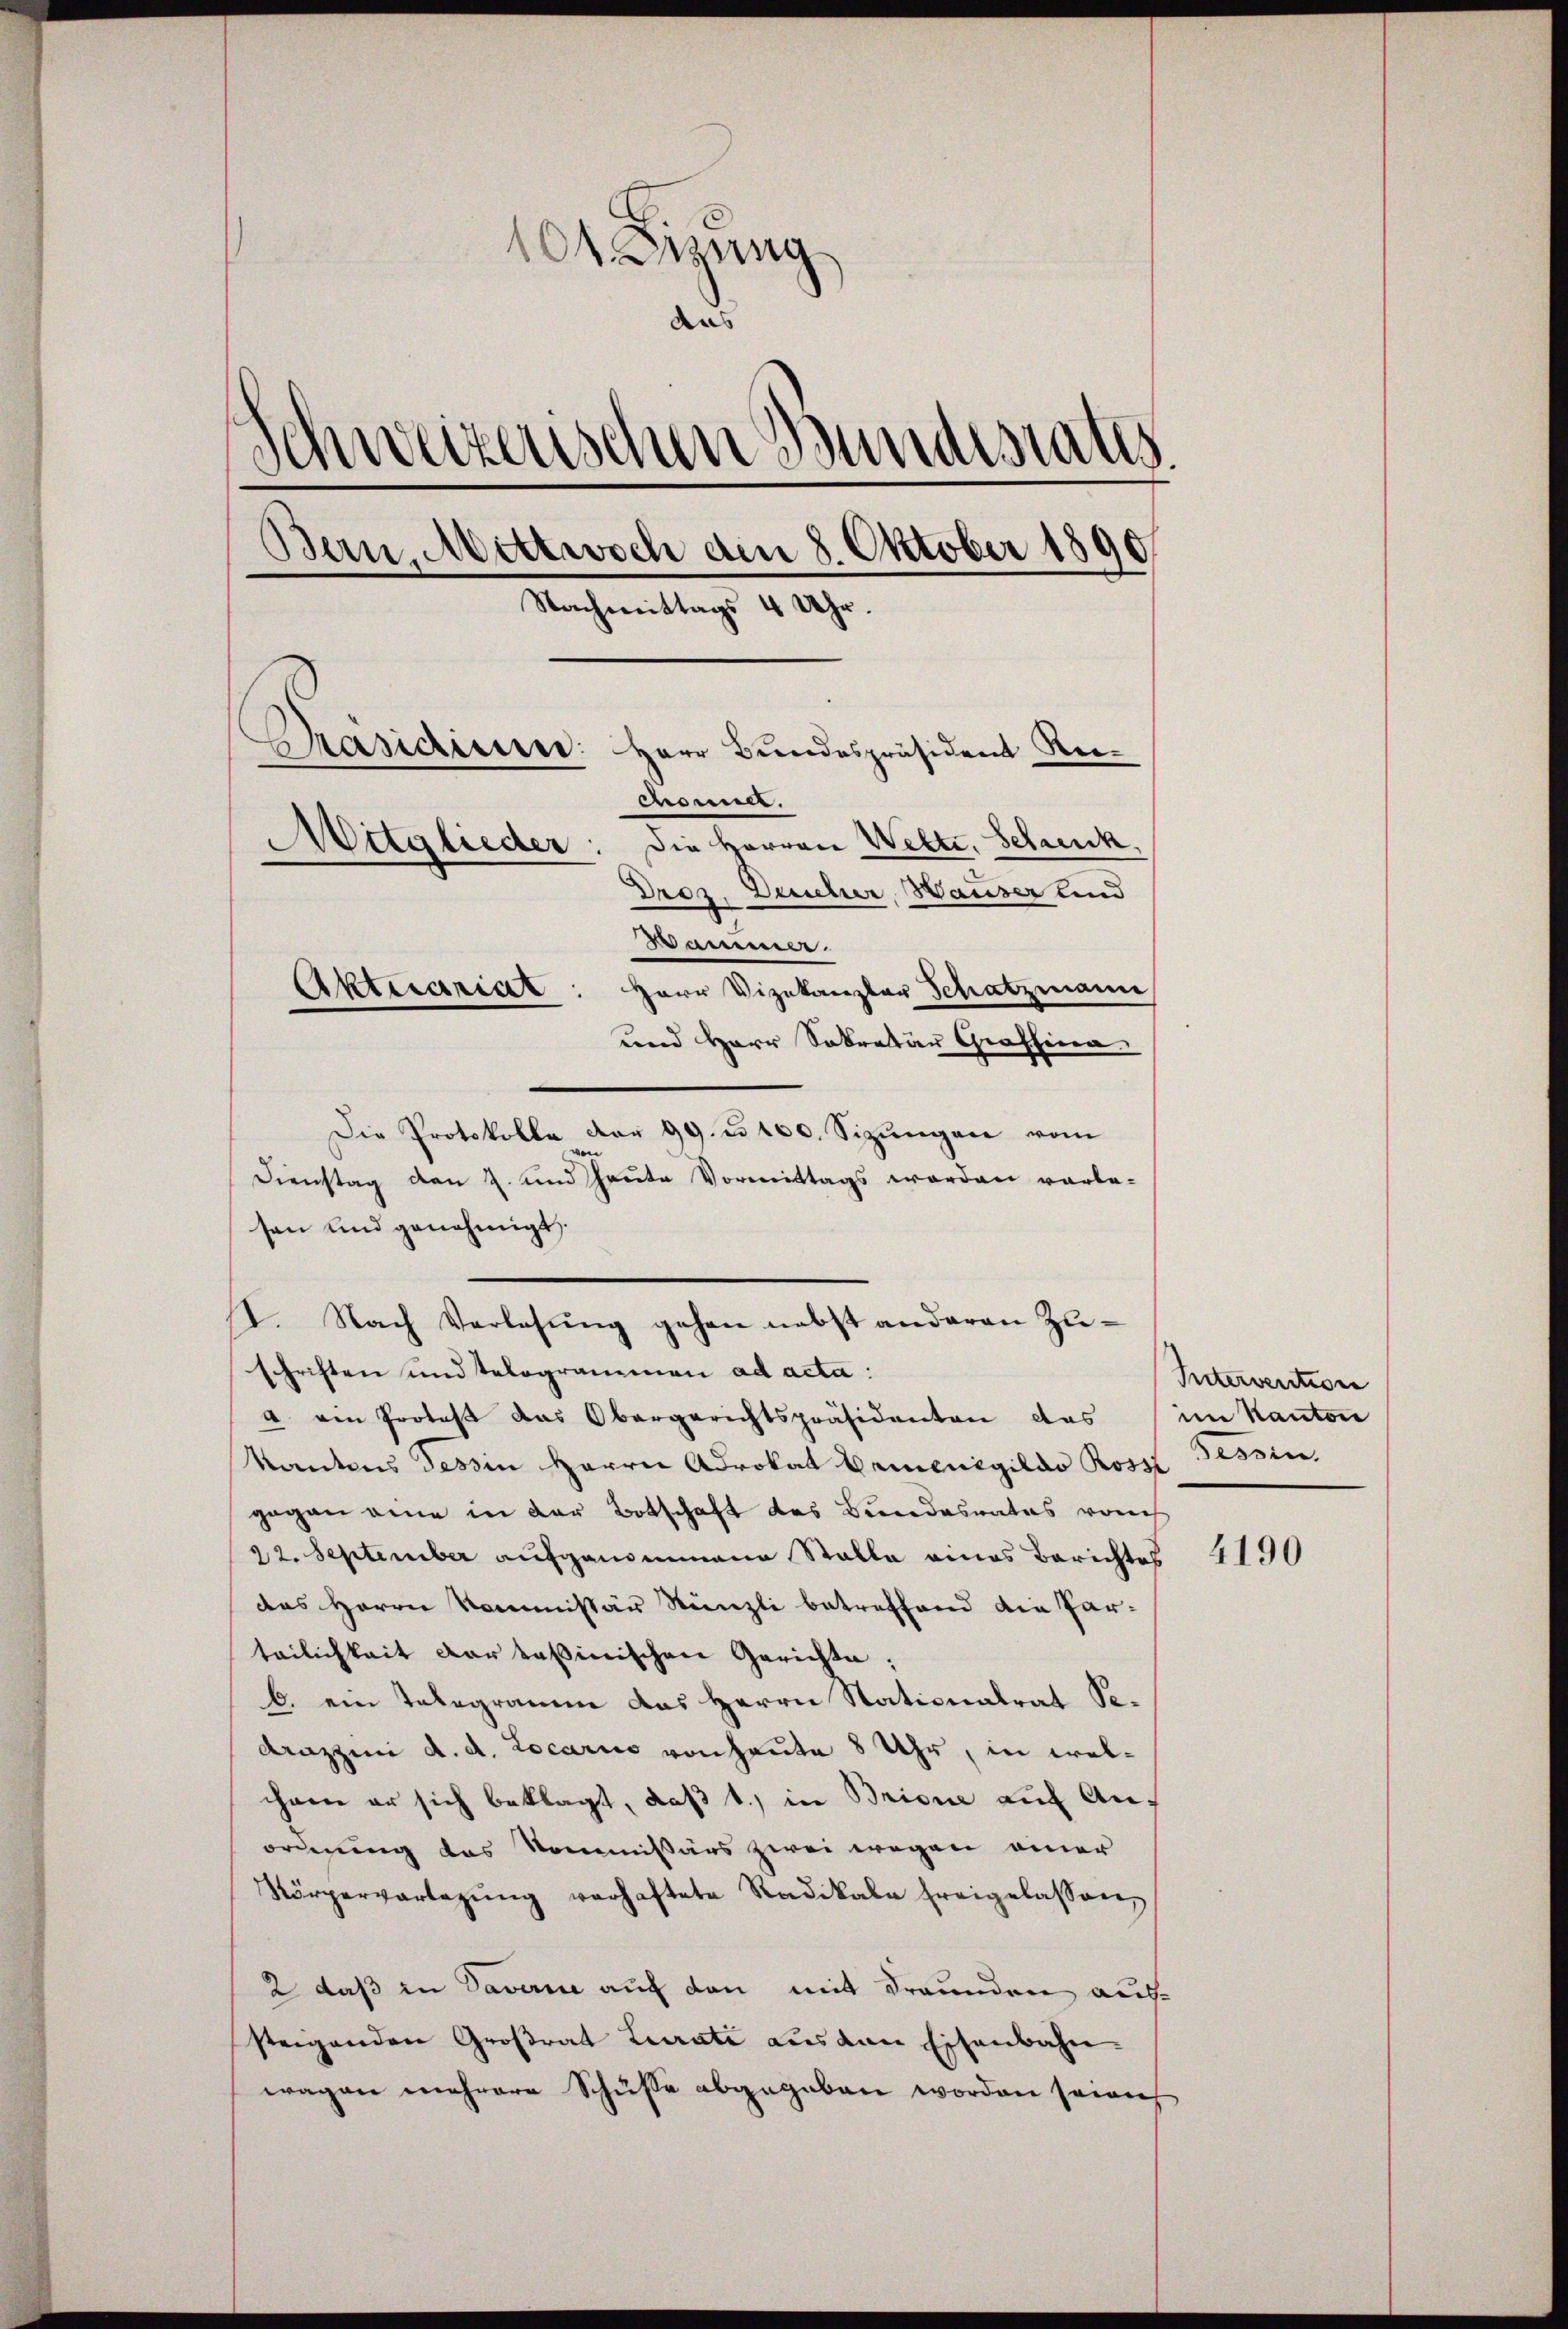
101. Disung
aus
Schweizerischen Bunderates
Bern, Mittwoch den 8. Oktober 1890
Nachmittags 4 Uhr.
Präsidium.
Herr Bundespräsident Rei¬
—
cnner.
Die Herren Wette, Schreuk.
Mitglieder:
Droz. Deucher Hauser und

und Herr Sekretär Graffina
Die Protokolle vor 99. u 100. Sizungen vom
von
Dienstag den 2. und heute Vormittags worden vorle-
sen und genehmigt,
1. Nach Verlesung gehen nebst anderen Zuschriften und Telogrammen ad acta:
a ein Protes das Obergerichtspräsidenten das im Kanton
Kantons dessin Herrn Advokat Demensgildo Ross Tessin.
gegen eine in der Botschaft des Bundesrates von
22. September aufgenommene Stalle eines Berichtes
das Herrn Kommissär Künzli betreffend die Parteilichkeit der taßinischen Gerichte;
b. ein Telegramm das Herrn Stationalrat Se¬
Arazzini d. d. Locario von heute 8 Uhr, in welihnen er sich beklagt, daß 1., in Brione auf Anordnung des Kommissärs zwei wegen einer
Körperverlegŭng verhaftete Radikale Ereigelassen
2 daß in Daverne auf den mit Freunden aussteigenden Großrat Lurate aus den Eisenbahn-
wagen mehrere Schüsse abgegeben worden seine

Hammen.
Aktuariat: Herr Vizekanzler Schatzmann

Interventione

4190